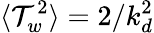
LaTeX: \langle\mathcal{T}_{w}^{2}\rangle=2/k_{d}^{2}